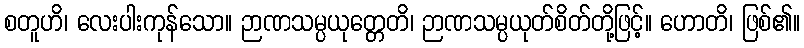
စတူဟိ၊ လေးပါးကုန်သော။ ဉာဏသမ္ပယုတ္တေတိ၊ ဉာဏသမ္ပယုတ်စိတ်တို့ဖြင့်။ ဟောတိ၊ ဖြစ်၏။